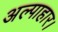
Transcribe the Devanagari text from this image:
अल्पाहार।